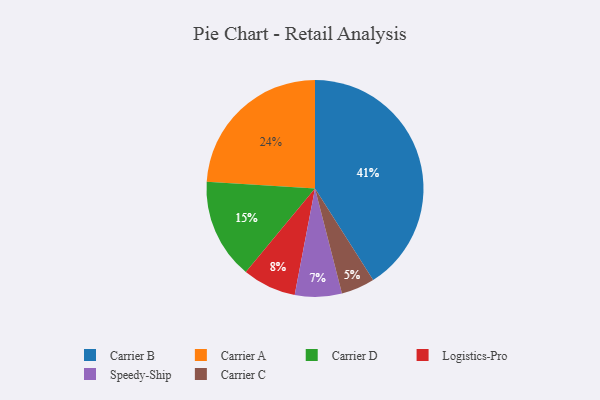
{"axis": {"x": "Category", "y": "Percentage"}, "legend": ["Carrier A", "Carrier B", "Carrier C", "Carrier D", "Logistics-Pro", "Speedy-Ship"], "data": [{"x": "Carrier A", "y": 24, "type": "Carrier A"}, {"x": "Carrier B", "y": 41, "type": "Carrier B"}, {"x": "Carrier D", "y": 15, "type": "Carrier D"}, {"x": "Speedy-Ship", "y": 7, "type": "Speedy-Ship"}, {"x": "Carrier C", "y": 5, "type": "Carrier C"}, {"x": "Logistics-Pro", "y": 8, "type": "Logistics-Pro"}]}